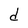
Character: d